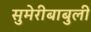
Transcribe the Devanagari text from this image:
सुमेरीबाबुली